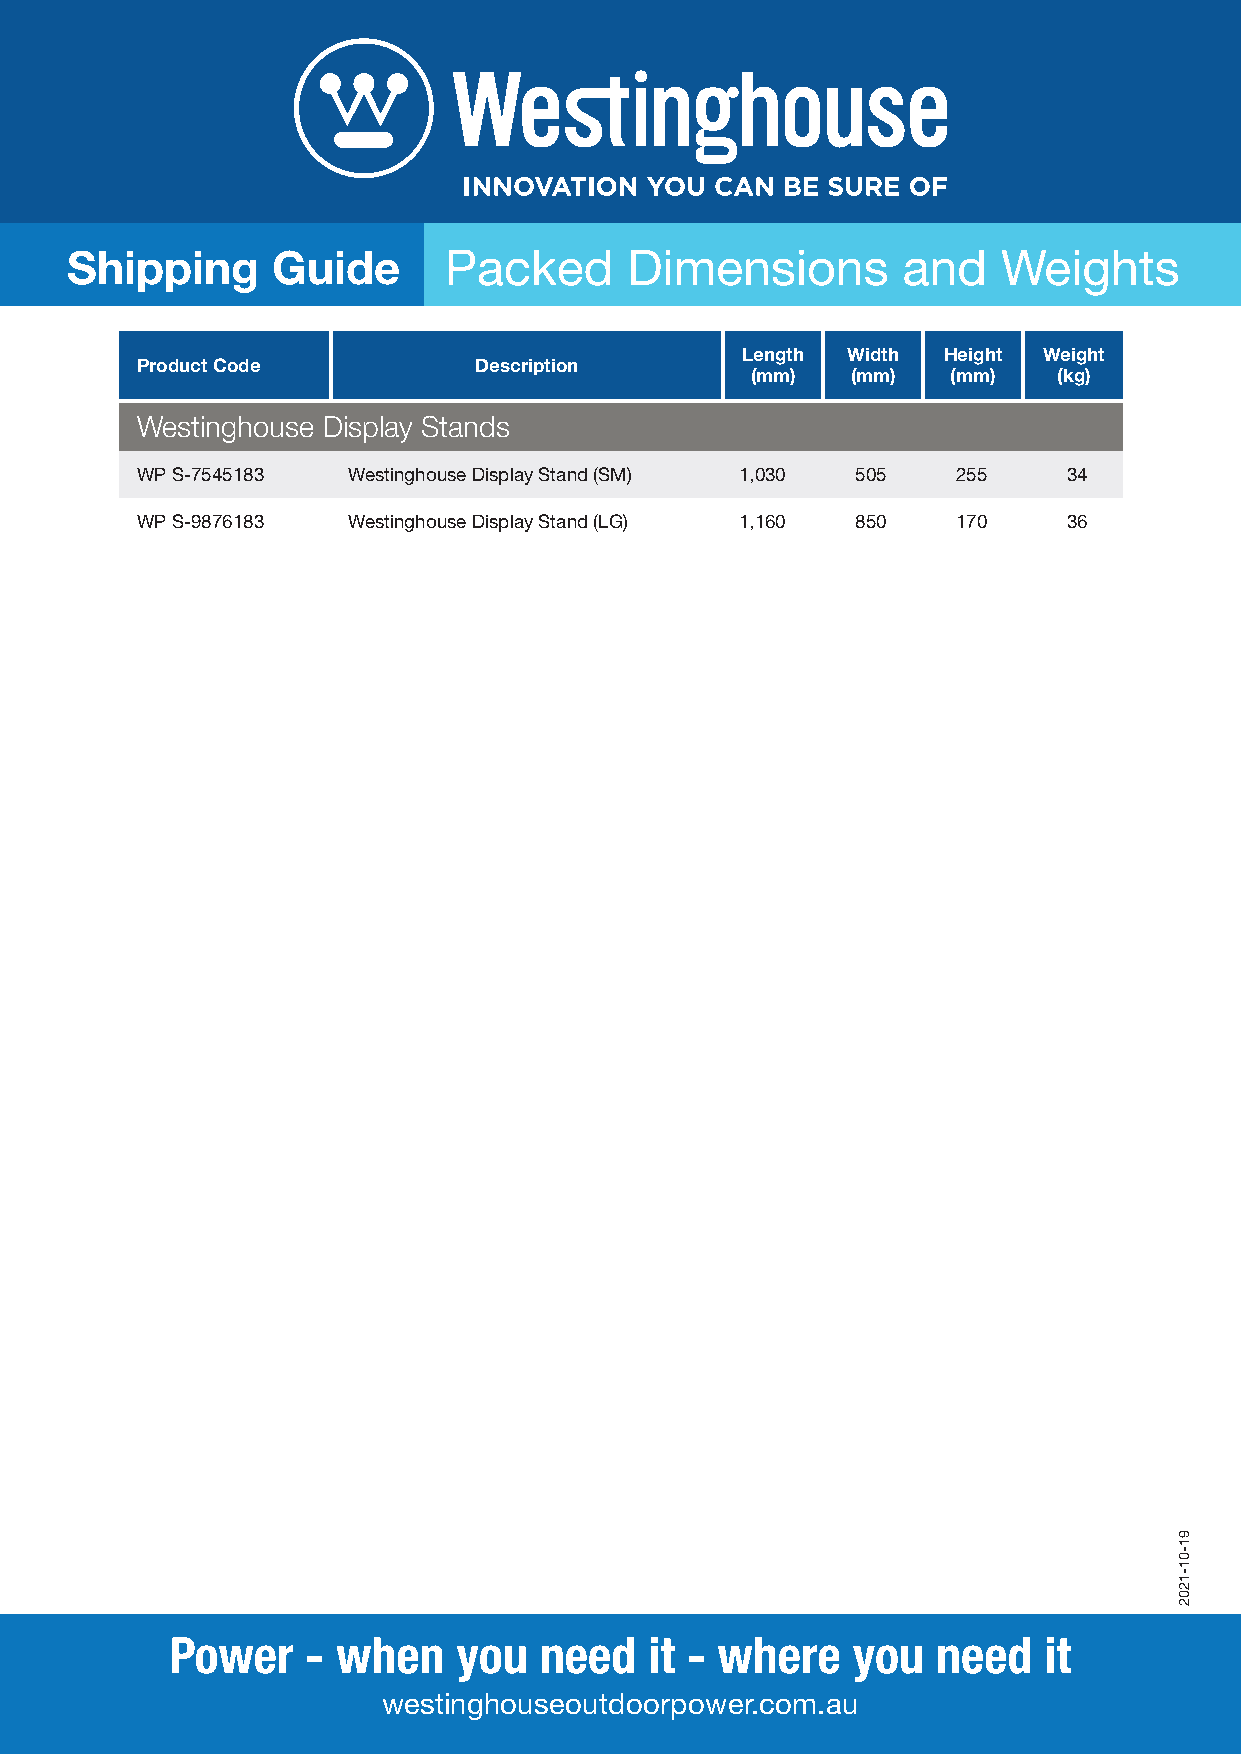
Shipping      Guide      Packed       Dimensions        and   Weights
 Length Width Height Weight
 Product Code          Description
 (mm)  (mm)   (mm)   (kg)
 Westinghouse Display Stands
 WP S-7545183  Westinghouse Display Stand (SM) 1,030 505 255   34
 WP S-9876183  Westinghouse Display Stand (LG) 1,160 850 170   36
 Power    - when    you   need   it - where   you   need   it
 westinghouseoutdoorpower.com.au
 91-01-1202